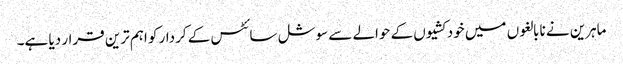
ماہرین نے نابالغوں میں خودکشیوں کے حوالے سے سوشل سائٹس کے کردار کو اہم ترین قرار دیا ہے۔